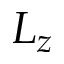
L _ { z }